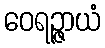
ဝေရဉ္ဇာယံ